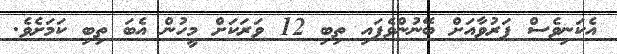
އެކަނިވެސް ފަރުވާއަށް ބޭނުންވެފައި ތިބި 12 ވަރަކަށް މީހުން އެބަ ތިބި ކަމަށެވެ.